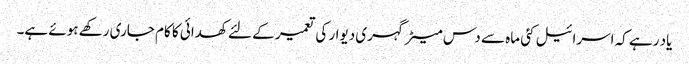
یاد رہے کہ اسرائیل کئی ماہ سے دس میٹر گہری دیوار کی تعمیر کے لئے کھدائی کا کام جاری رکھے ہوئے ہے۔